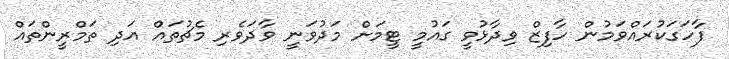
ފާހަގަކުރައްވަމުން ހާފިޒް ވިދާޅުވީ ގައުމީ ޓީމަށް މަދުވަނީ ވާދަވެރި މެޗުތައް އަދި ތަމްރީންތައް